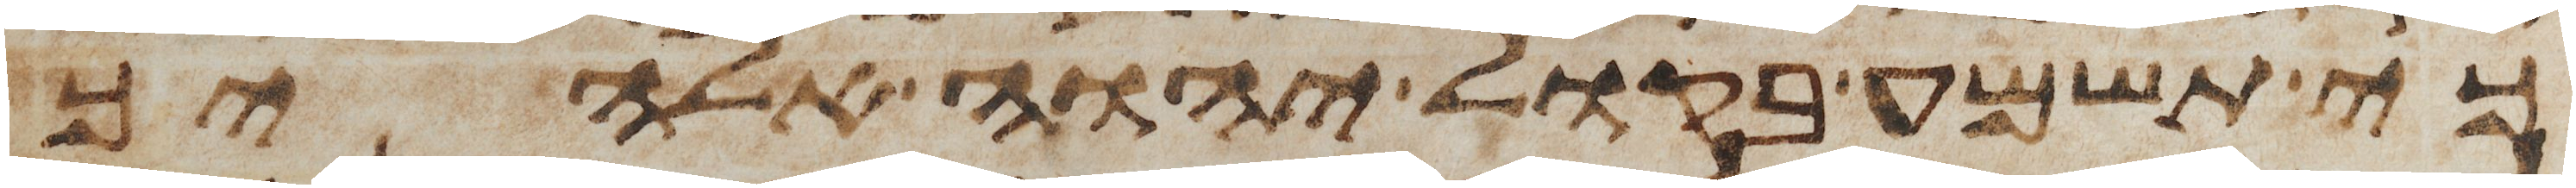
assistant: כי תשמע בקול יהוה אלהיך